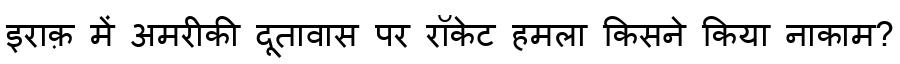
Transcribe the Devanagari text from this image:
इराक़ में अमरीकी दूतावास पर रॉकेट हमला किसने किया नाकाम?